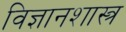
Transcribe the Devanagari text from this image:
विज्ञानशास्त्र